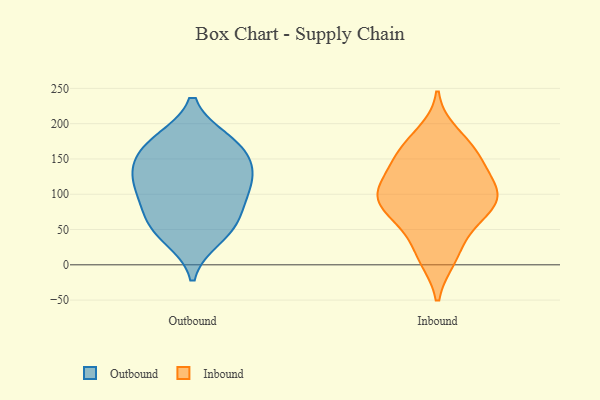
{"axis": {"x": "Churn Rate (%)", "y": "Value"}, "legend": ["Inbound", "Outbound"], "data": [{"x": "", "y": 56, "type": "Outbound"}, {"x": "", "y": 39, "type": "Outbound"}, {"x": "", "y": 135, "type": "Outbound"}, {"x": "", "y": 81, "type": "Outbound"}, {"x": "", "y": 110, "type": "Outbound"}, {"x": "", "y": 140, "type": "Outbound"}, {"x": "", "y": 175, "type": "Outbound"}, {"x": "", "y": 101, "type": "Outbound"}, {"x": "", "y": 55, "type": "Outbound"}, {"x": "", "y": 171, "type": "Outbound"}, {"x": "", "y": 168, "type": "Outbound"}, {"x": "", "y": 122, "type": "Outbound"}, {"x": "", "y": 38, "type": "Inbound"}, {"x": "", "y": 101, "type": "Inbound"}, {"x": "", "y": 105, "type": "Inbound"}, {"x": "", "y": 94, "type": "Inbound"}, {"x": "", "y": 158, "type": "Inbound"}, {"x": "", "y": 150, "type": "Inbound"}, {"x": "", "y": 185, "type": "Inbound"}, {"x": "", "y": 151, "type": "Inbound"}, {"x": "", "y": 72, "type": "Inbound"}, {"x": "", "y": 10, "type": "Inbound"}, {"x": "", "y": 70, "type": "Inbound"}, {"x": "", "y": 11, "type": "Inbound"}, {"x": "", "y": 170, "type": "Inbound"}, {"x": "", "y": 88, "type": "Inbound"}, {"x": "", "y": 76, "type": "Inbound"}, {"x": "", "y": 131, "type": "Inbound"}, {"x": "", "y": 104, "type": "Inbound"}, {"x": "", "y": 109, "type": "Inbound"}]}